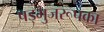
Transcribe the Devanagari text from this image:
षड्भुजरूपका